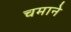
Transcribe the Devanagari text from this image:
चमाने